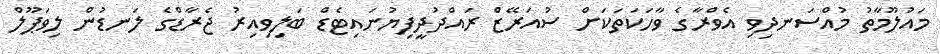
މައުލޫމާތު މުއްސަނދިވި އެވްރާގެ ވާހަކަތަކަށް ސުއަރޭޒް ރައްދުދީފިޔުނައިޓެޑް ބަލިވިިއިރު ޖެރާޑްގެ ލަނޑުން ލިވަޕޫލް